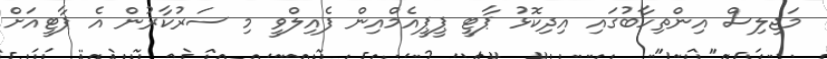
މަޖިލިސް އިންތިހާބުުގައި އިދިކޮޅު ޕާޓީ ޕީޕީއެމްއިން ފެއިލްވީ މި ސަރުކާރުން އެ ޕާޓީއަށް